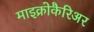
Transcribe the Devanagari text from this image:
माइक्रोकैरिअर